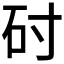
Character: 𬑺